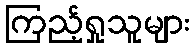
ကြည့်ရှုသူများ